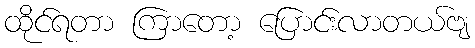
ထိုင်ရတာ ကြာတော့ ပြောင်းလာတယ်ဗျ